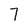
Character: 7